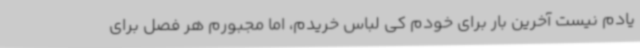
یادم نیست آخرین بار برای خودم کی لباس خریدم، اما مجبورم هر فصل برای